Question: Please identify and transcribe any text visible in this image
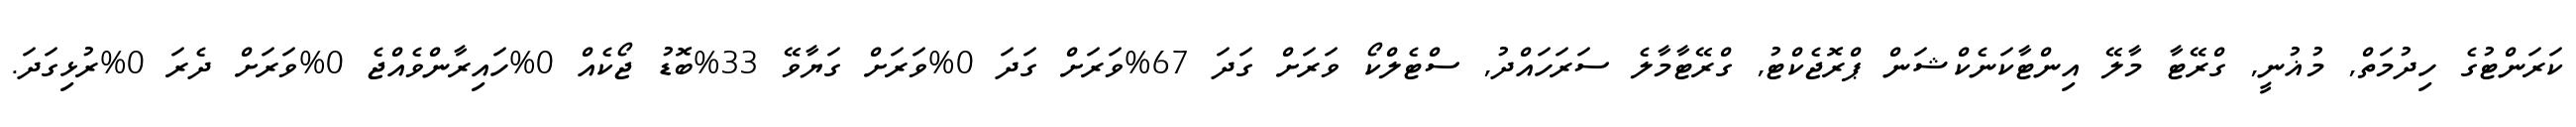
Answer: ކަރަންޓުގެ ހިދުމަތް, މުޣުނީ, ގްރޭޓާ މާލޭ އިންޓާކަނެކްޝަން ޕްރޮޖެކްޓު, ގްރޭޓާމާލެ ސަރަހައްދު, ސްޓެލްކޯ ވަރަށް ގަދަ 67%ވަރަށް ގަދަ 0%ވަރަށް ގަޔާވޭ 33%ބޮޑު ޖޯކެއް 0%ހައިރާންވެއްޖެ 0%ވަރަށް ދެރަ 0%ރުޅިގަދަ.